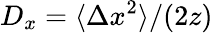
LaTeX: D_{x}=\langle\Delta x^{2}\rangle/(2z)